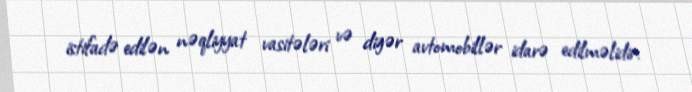
istifadə edilən nəqliyyat vasitələri və digər avtomobillər idarə edilməlidir.